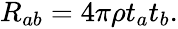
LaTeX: \begin{array}{r}{R_{ab}=4\pi\rho t_{a}t_{b}.}\end{array}